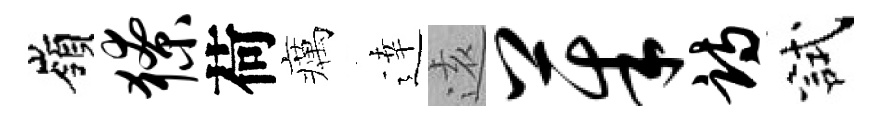
嶺獠荷癘逹逺茱诗試